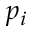
p _ { i }